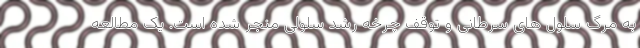
به مرگ سلول های سرطانی و توقف چرخه رشد سلولی منجر شده است. یک مطالعه